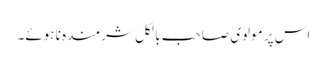
اس پر مولوی صاحب بالکل شرمندہ نا ہوئے۔